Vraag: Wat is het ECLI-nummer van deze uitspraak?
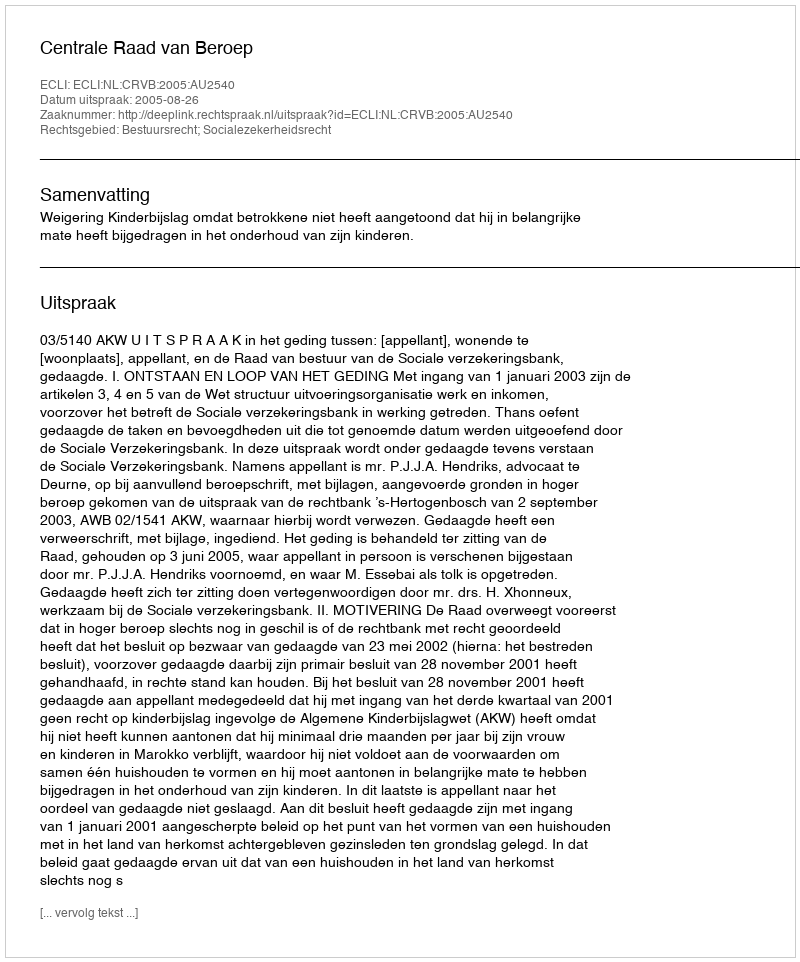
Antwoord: ECLI:NL:CRVB:2005:AU2540